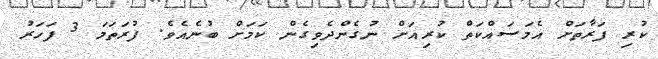
ކުރި ފަރާތަށް އެމަސައްކަތް ކުރިއަށް ނުގެންދެވިގެން ކަމަށް ބުނެއެވެ. ފުރަތަމަ 3 ފަހަރު